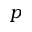
p